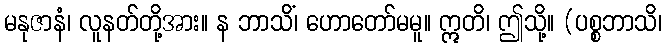
မနုဇာနံ၊ လူနတ်တို့အား။ န ဘာသိံ၊ ဟောတော်မမူ။ ဣတိ၊ ဤသို့။ (ပစ္စဘာသိ၊